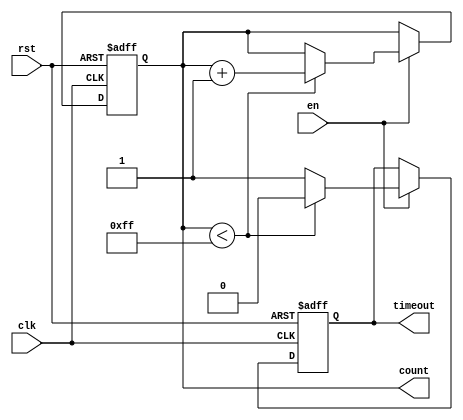
module timeout_counter #(
    parameter MAX_COUNT = 8'd255  // Configurable max count value
)(
    input wire clk,                // Clock input
    input wire rst,                // Asynchronous reset
    input wire en,                 // Enable signal
    output reg [7:0] count,        // Count output (8-bit)
    output reg timeout             // Time-out output
);

    // Always block triggered on clock edge or reset
    always @(posedge clk or posedge rst) begin
        if (rst) begin
            // Reset behavior
            count <= 8'd0;          // Initialize count to 0
            timeout <= 1'b0;        // Deassert time-out signal
        end else if (en) begin
            if (count < MAX_COUNT) begin
                count <= count + 1; // Increment count
                timeout <= 1'b0;     // Keep time-out deasserted
            end else begin
                timeout <= 1'b1;     // Assert time-out when max count is reached
                // count remains at MAX_COUNT
            end
        end
    end

endmodule